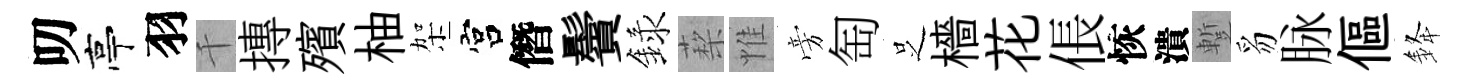
叨亭羽千摶殯柚架宫僭鬢録蔾惟旁匋𠯁檣花倀恢潰蹔豸脉傴𨦟